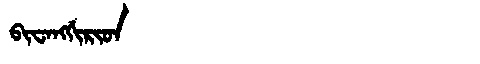
Manchu: ᠪᡳᠸᠠᠩᡤᡳᡵᡳᡨ
Romanization: BIWANGGIRIT